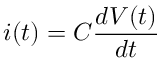
i ( t ) = C \frac { d V ( t ) } { d t }